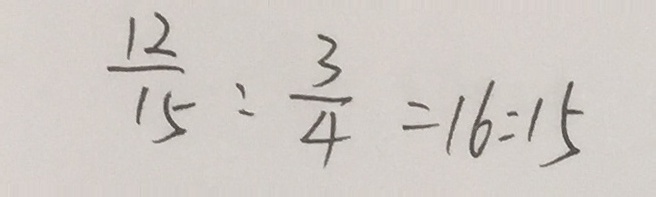
\frac { 1 2 } { 1 5 } : \frac { 3 } { 4 } = 1 6 : 1 5